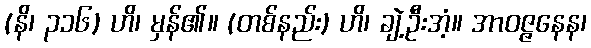
(နိ၊ ၃၁၆) ဟိ၊ မှန်၏။ (တစ်နည်း) ဟိ၊ ချဲ့ဦးအံ့။ အာဝဇ္ဇနေန၊